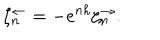
LaTeX: \zeta _ { n } ^ { \leftarrow } = - e ^ { n h } \zeta _ { n } ^ { \rightarrow } .